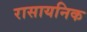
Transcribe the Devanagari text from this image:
रासायनिक